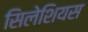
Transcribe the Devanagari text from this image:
सिलेशियस